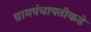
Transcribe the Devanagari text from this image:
ग्रामपंचायतीकडे